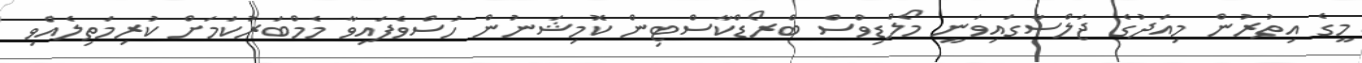
މީގެ އިތުރުން މިއަދުގެ ޖަލްސާގައިވަނީ މޯލްޑިވްސް ބްރޯޑްކާސްޓިން ކޮމިޝަނުން ހުސްވެފައިވާ މެމްބަރުކަމަށް ކުރިމަތިލެއްވި